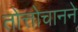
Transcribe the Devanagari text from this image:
तोत्तोचानने